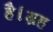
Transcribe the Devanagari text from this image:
है।ग्रह